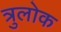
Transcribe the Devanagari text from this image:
त्रुलोक